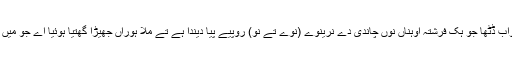
ہک واری مُلا ہوراں خواب ڈٹھا جو ہک فرشتہ اوہناں نوں چاندی دے نرینوے (نوے تے نو) روپیے پیا دیندا ہے تے مُلا ہوراں جھیڑا گھتیا ہوئیا اے جو میں پورے سو ہی لینے ہین۔